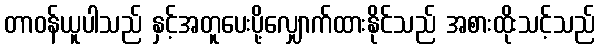
တာဝန်ယူပါသည် နှင့်အတူပေးပို့လျှောက်ထားနိုင်သည် အစားထိုးသင့်သည်